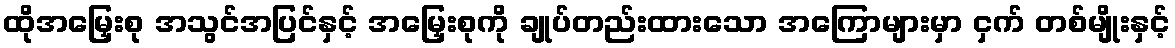
ထိုအမြှေးစု အသွင်အပြင်နှင့် အမြှေးစုကို ချုပ်တည်းထားသော အကြောများမှာ ငှက် တစ်မျိုးနှင့်